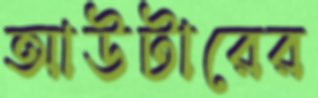
আউটারের